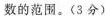
数的范围。(3分)